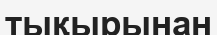
тықырынан